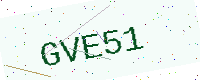
Text: GVE51